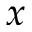
\boldsymbol { x }